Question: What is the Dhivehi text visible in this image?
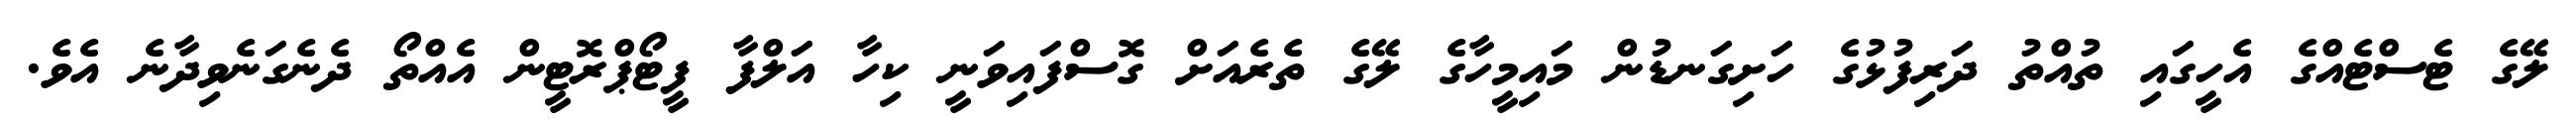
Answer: ލޭގެ ޓެސްޓެއްގެ އެހީގައި ތުއްތު ދަރިފުޅުގެ ހަށިގަނޑުން މައިމީހާގެ ލޭގެ ތެރެއަށް ގޮސްފައިވަނީ ކިހާ އަލްފާ ފީޓޯޕްރޮޓީން އެއްތޯ ދެނެގަނެވިދާނެ އެވެ.